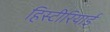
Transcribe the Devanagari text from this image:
हिस्टीरियाई